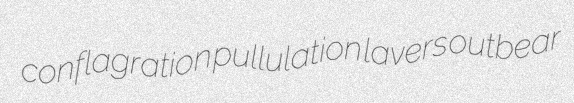
conflagration pullulation lavers outbear